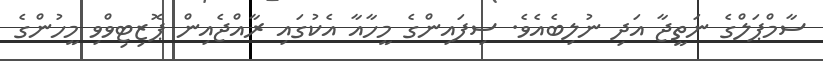
ސާމްޕަލްގެ ނަތީޖާ އަދި ނުލިބެއެވެ. ސިފައިންގެ މީހާއާ އެކުގައި ރާއްޖެއިން ޕޮޒިޓިވްވި މީހުންގެ